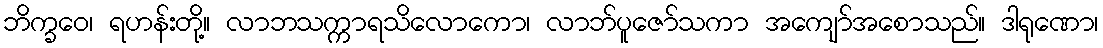
ဘိက္ခဝေ၊ ရဟန်းတို့။ လာဘသက္ကာရသိလောကော၊ လာဘ်ပူဇော်သကာ အကျော်အစောသည်။ ဒါရုဏော၊